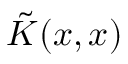
\Tilde { K } ( \boldsymbol { x } , \boldsymbol { x } )